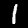
Label: 1